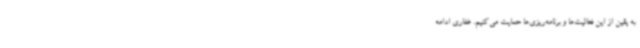
به یقین از این فعالیت‌ها و برنامه‌ریزی‌ها حمایت می‌کنیم. غفاری ادامه